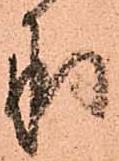
承